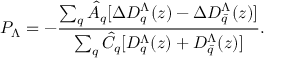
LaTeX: P _ { \Lambda } = - \frac { \sum _ { q } \hat { A } _ { q } [ \Delta D _ { q } ^ { \Lambda } ( z ) - \Delta D _ { \bar { q } } ^ { \Lambda } ( z ) ] } { \sum _ { q } \hat { C } _ { q } [ D _ { q } ^ { \Lambda } ( z ) + D _ { \bar { q } } ^ { \Lambda } ( z ) ] } .